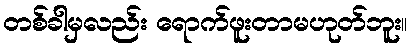
တစ်ခါမှလည်း ရောက်ဖူးတာမဟုတ်ဘူး။